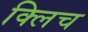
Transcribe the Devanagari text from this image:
क्लिच